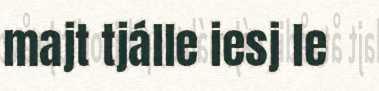
majt tjálle iesj le